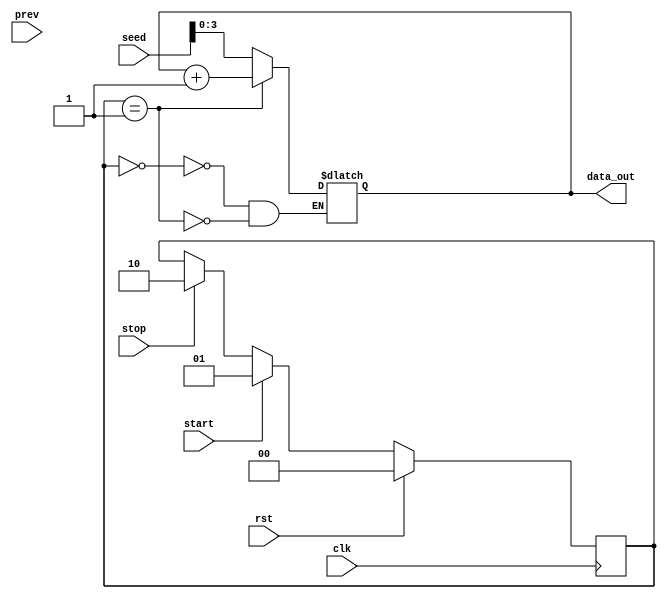
`timescale 1ns / 1ps

module FSM(
        input               clk     ,
        input               rst     ,
        input               start   ,
        input               stop    ,
        input       [11:0]  seed    ,
        input       [11:0]  prev    ,
        output  reg [3:0]   data_out
    );
    
    localparam stare_init   = 2'd0;
    localparam stare_add    = 2'd1;
    localparam stare_noadd  = 2'd2;
    
    reg [1:0]stare;
    
    always @(posedge clk)
    begin
        if(rst) 
        begin
            stare <= stare_init;
        end
        else
            begin
                if(start == 1)stare <= stare_add;
                else if(stop == 1)stare <= stare_noadd;       
            end    
    end
    
    always @(*)
    begin
        case(stare)
            stare_init  :   data_out  = seed[3:0];
            stare_add   :   data_out  = data_out + 1;
            stare_noadd :   data_out  = data_out;
        endcase
    end
    
endmodule